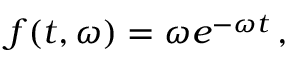
\begin{array} { r } { f ( t , \omega ) = \omega e ^ { - \omega t } \, , } \end{array}